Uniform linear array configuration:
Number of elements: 12
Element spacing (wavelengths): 0.5
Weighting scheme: binomial
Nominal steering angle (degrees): -45
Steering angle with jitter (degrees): -45.709
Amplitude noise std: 0.05
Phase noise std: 0.05

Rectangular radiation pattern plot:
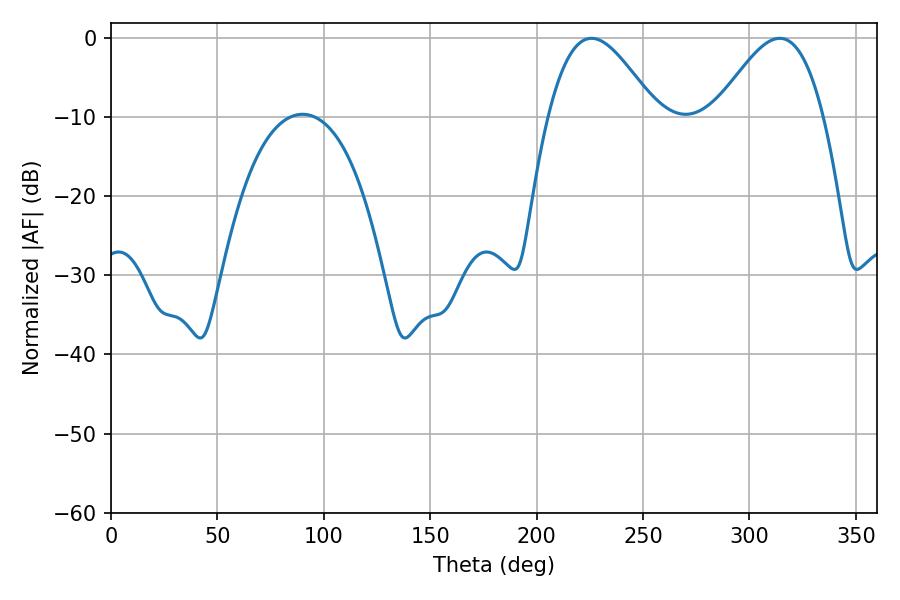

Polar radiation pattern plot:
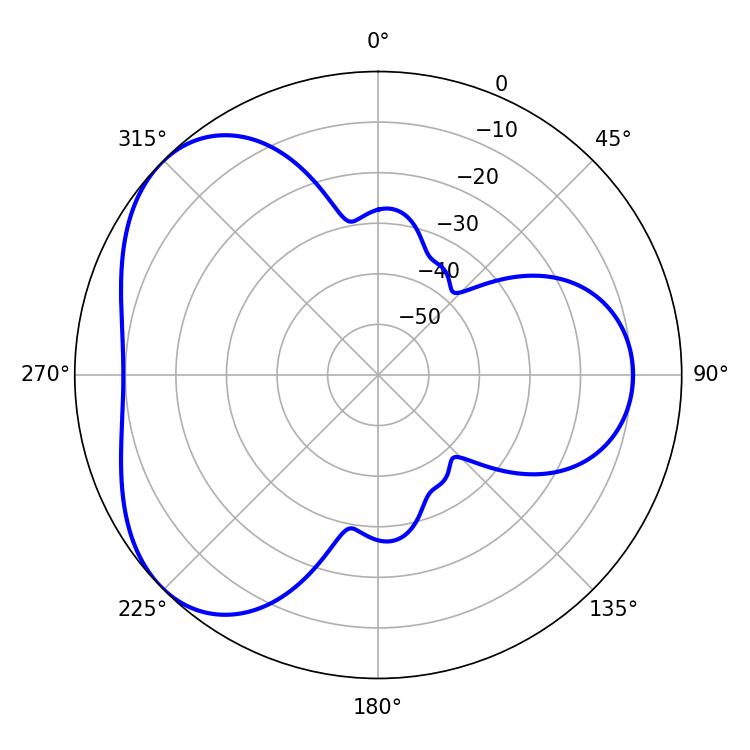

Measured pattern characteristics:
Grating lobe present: FALSE
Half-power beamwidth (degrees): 27.36
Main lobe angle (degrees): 225.72